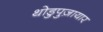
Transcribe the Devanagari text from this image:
थोडुपुज़ायार